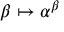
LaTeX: \beta \mapsto \alpha ^ { \beta }